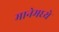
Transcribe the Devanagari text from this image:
मानेमध्ये